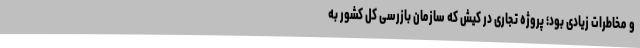
و مخاطرات زیادی بود؛ پروژه تجاری در کیش که سازمان بازرسی کل کشور به